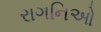
રાગનિઓ